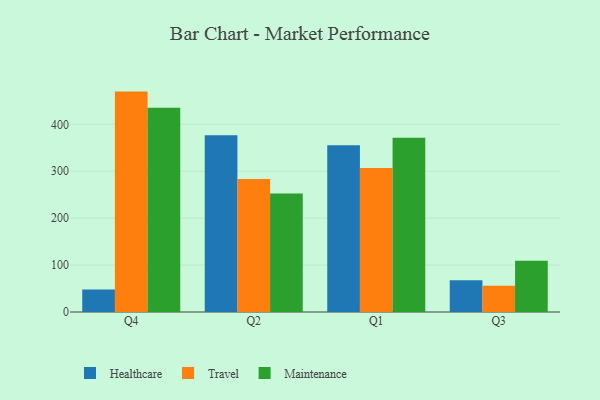
{"axis": {"x": "Quarter", "y": "Churn Rate (%)"}, "legend": ["Healthcare", "Maintenance", "Travel"], "data": [{"x": "Q4", "y": 47.9, "type": "Healthcare"}, {"x": "Q4", "y": 469.7, "type": "Travel"}, {"x": "Q4", "y": 435.4, "type": "Maintenance"}, {"x": "Q2", "y": 376.5, "type": "Healthcare"}, {"x": "Q2", "y": 283.2, "type": "Travel"}, {"x": "Q2", "y": 252.3, "type": "Maintenance"}, {"x": "Q1", "y": 355.3, "type": "Healthcare"}, {"x": "Q1", "y": 306.7, "type": "Travel"}, {"x": "Q1", "y": 371.5, "type": "Maintenance"}, {"x": "Q3", "y": 67.8, "type": "Healthcare"}, {"x": "Q3", "y": 56.0, "type": "Travel"}, {"x": "Q3", "y": 109.0, "type": "Maintenance"}]}